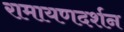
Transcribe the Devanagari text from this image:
रामायणदर्शन